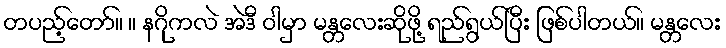
တပည့်တော်။ ။ နဂိုကလဲ အဲဒီ ဝါမှာ မန္တလေးဆိုဖို့ ရည်ရွယ်ပြီး ဖြစ်ပါတယ်။ မန္တလေး